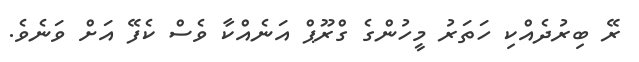
ރޭ ބިރުދެއްކި ހަތަރު މީހުންގެ ގްރޫޕް އަނެއްކާ ވެސް ކެފޭ އަށް ވަނެވެ.